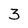
Character: 3